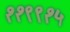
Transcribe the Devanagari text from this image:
११९९१५